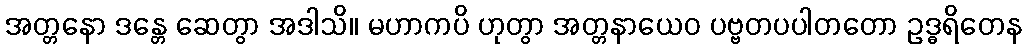
အတ္တနော ဒန္တေ ဆေတွာ အဒါသိ။ မဟာကပိ ဟုတွာ အတ္တနာယေဝ ပဗ္ဗတပပါတတော ဥဒ္ဓရိတေန